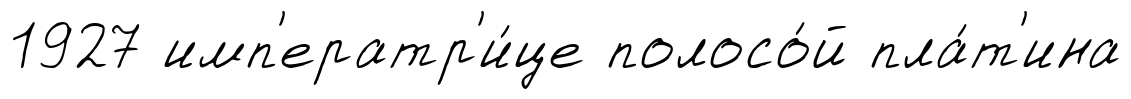
1927 имп'ератр'и́це полосо́й пла́т'ина